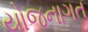
યોજનાગત